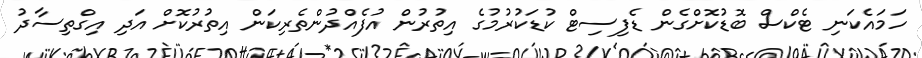
ހަމައެކަނި ޓެކްސް ބޮޑުކޮށްގެން ޑެފިސިޓް ކުޑަކުރުމުގެ އިތުރުން އުފެއްދުންތެރިކަން އިތުރުކޮށް އަދި އިގްތިސާދު